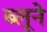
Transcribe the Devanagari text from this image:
ब्लूने